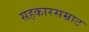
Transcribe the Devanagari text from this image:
सहकारसम्राट